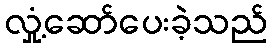
လှုံ့ဆော်ပေးခဲ့သည်